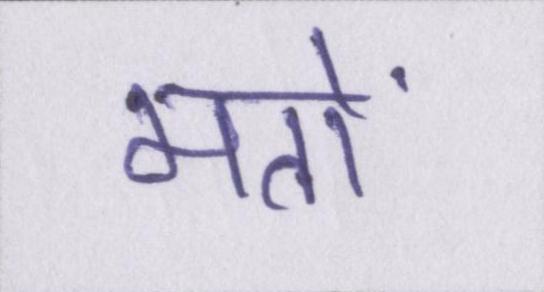
मतों